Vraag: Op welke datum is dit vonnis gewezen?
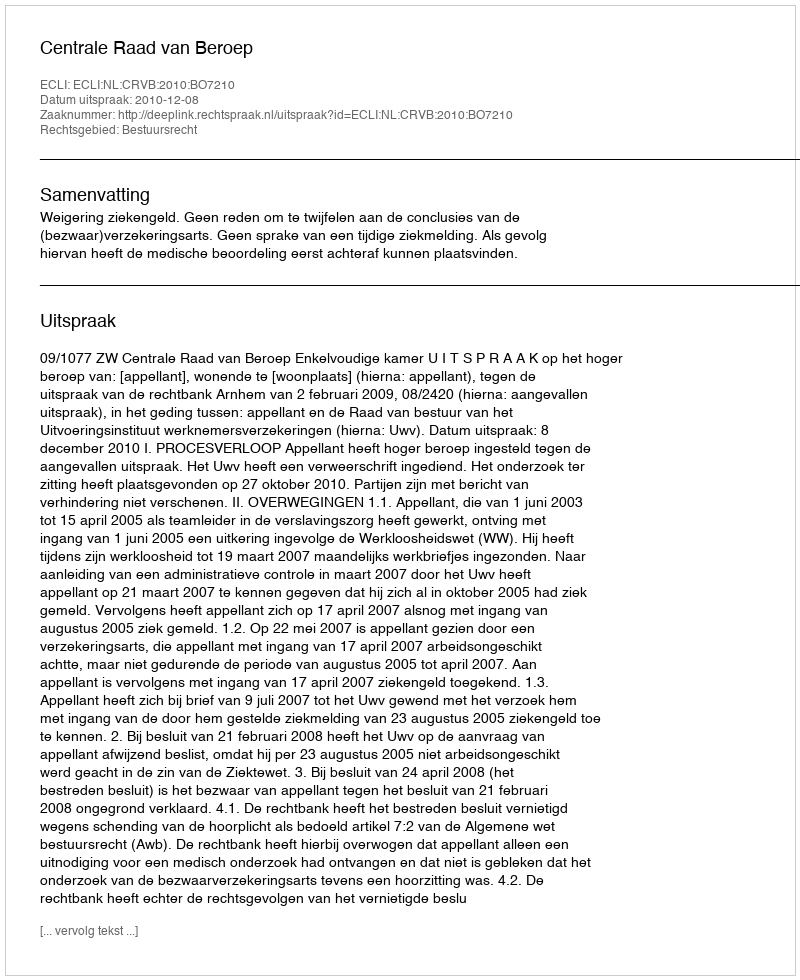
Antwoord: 2010-12-08